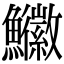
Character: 𩽚